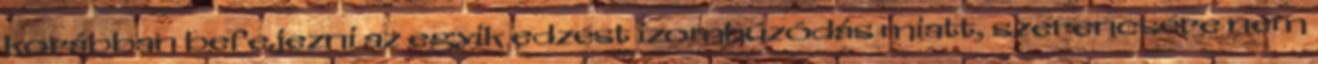
korábban befejezni az egyik edzést izomhúzódás miatt, szerencsére nem